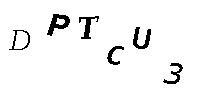
DPTCU3